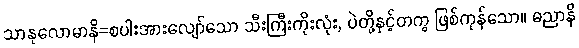
သာနုလောမာနိ=စပါးအားလျော်သော သီးကြီးကိုးလုံး, ပဲတို့နှင့်တကွ ဖြစ်ကုန်သော။ ဓညာနိ